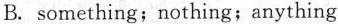
B. something;nothing;anything